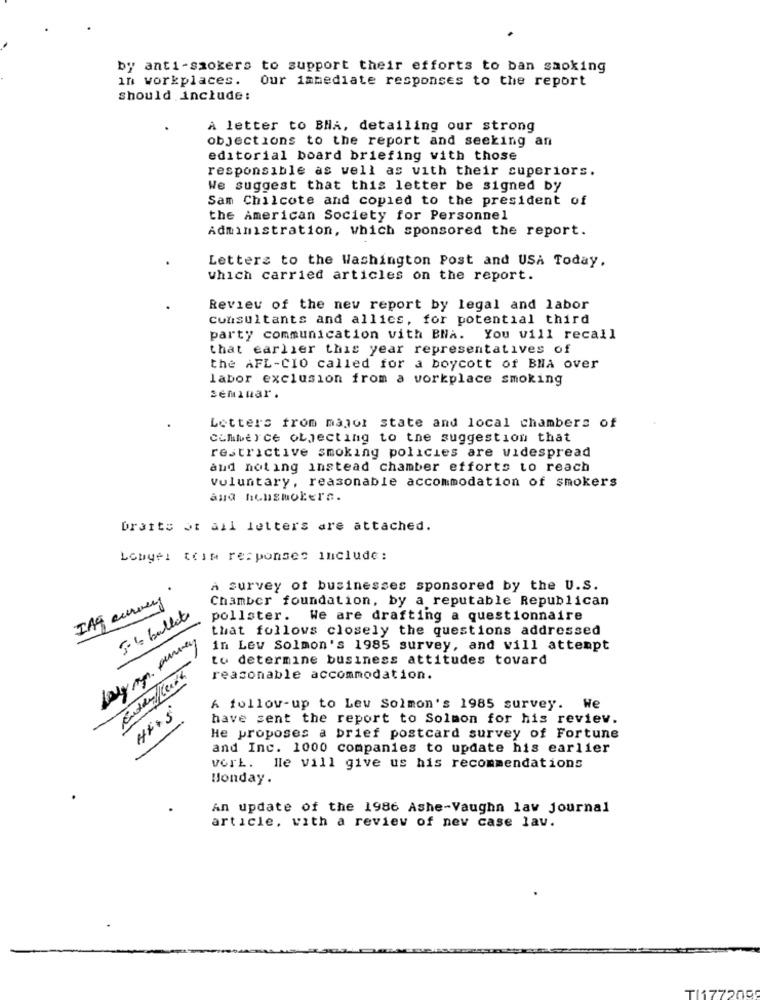
by anti-szokers to support their efforts to ban smoking
in workplaces. Our immediate responses to the report
should include:
A letter to BNA, detailing our strong
objections to the report and seeking an
editorial board briefing with those
responsible as well as vith their superiors.
We suggest that this letter be signed by
Sam Chilcote and copied to the president of
the American Society for Personnel
Administration, which sponsored the report.
Letters to the Washington Post and USA Today,
which carried articles on the report.
Review of the new report by legal and labor
consultants and allics, for potential third
party communication vith BNA. You vill recall
that earlier this year representatives of
the AFL-CIO called for a boycott of BHA over
labor exclusion from a workplace smoking
seminar.
Letters from major state and local chambers of
cumber'ce objecting to the suggestion that
restrictive smoking policies are widespread
and not ing instead chamber efforts to reach
Voluntary, reasonable accommodation of smokers
and housmokers.
Drafts St ail letters are attached.
Lobyel toim responses include:
A survey of businesses sponsored by the U.S.
Chamber foundation, by a reputable Republican
5- 6 bullet
pollster.
We are drafting a questionnaire
that follows closely the questions addressed
in Lev Solmon's 1985 survey, and will attempt
to determine business attitudes toward
reasonable accommodation.
H++5
A follow-up to Lew Solmon's 1985 survey. We
have sent the report to Solmon for his reviev.
He proposes a brief postcard survey of Fortune
and Inc. 1000 companies to update his earlier
vorL. He vill give us his recommendations
Honday.
An update of the 1986 Ashe-Vaughn law Journal
article, with a review of nev case lav.
no
TU177